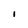
Character: l